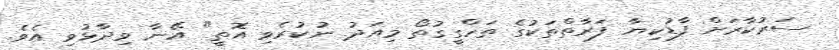
ސަރުކާރަށް ފާޑުކިޔާ ފަރާތްތަކުގެ ތަހްގީގުތޯ މިއަދު ނުކުރެވި އޮތީ" އޭނާ ވިދާޅުވި އެވެ.